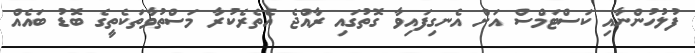
ފުލުހުންނާއި ކަސްޓަމްސް އަށް އެނގިފައިވާ ގޮތުގައި ރާއްޖެ އެތެރެކުރާ މަސްތުވާތަކެތީގެ ބޮޑު ބައެއް